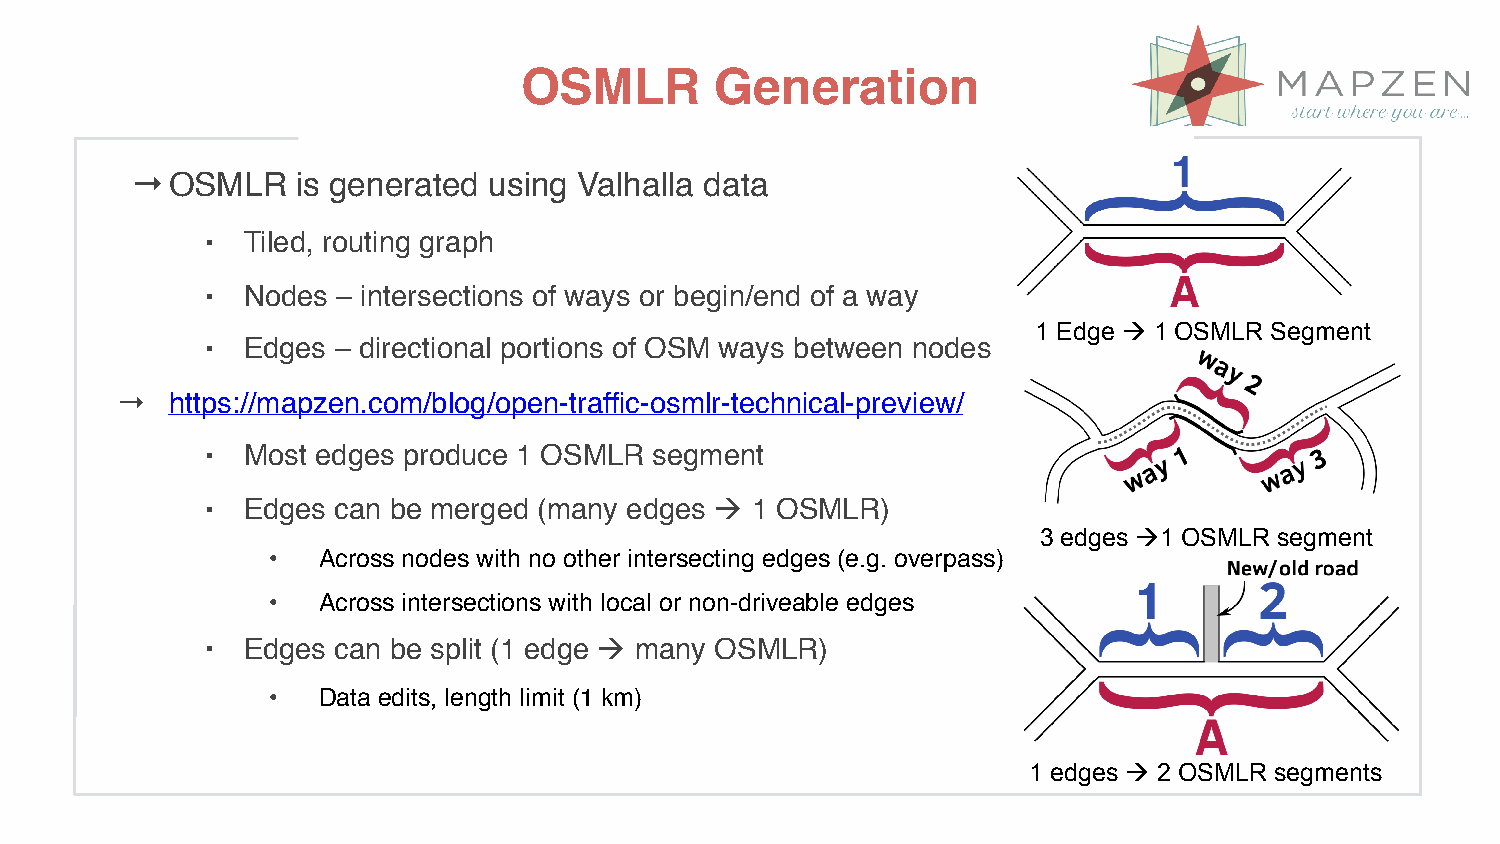
OSMLR        Generation
 →OSMLR     is generated using Valhalla data
 ⬝ Tiled, routing graph
 ⬝ Nodes – intersections of ways or begin/end of a way
 1 Edge ! 1 OSMLR Segment
 ⬝ Edges – directional portions of OSM ways between nodes
 →  https://mapzen.com/blog/open-traffic-osmlr-technical-preview/
 ⬝ Most edges produce 1 OSMLR segment
 ⬝ Edges can be merged (many edges ! 1 OSMLR)
 3 edges !1 OSMLR segment
 •  Across nodes with no other intersecting edges (e.g. overpass)
 •  Across intersections with local or non-driveable edges
 ⬝ Edges can be split (1 edge ! many OSMLR)
 •  Data edits, length limit (1 km)
 1 edges ! 2 OSMLR segments